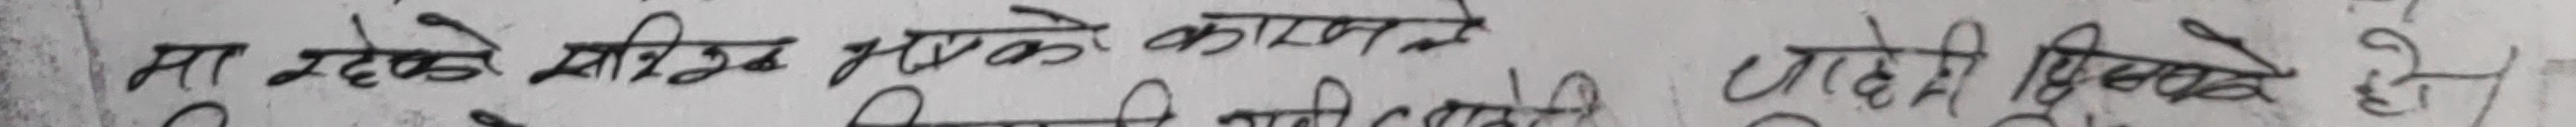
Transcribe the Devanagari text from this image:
मा रहेको सीमित भएक कारणले पाखे पित्छे हो।